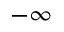
- \infty